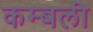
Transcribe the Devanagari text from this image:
कम्बली